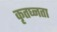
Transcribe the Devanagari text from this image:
कृतघ्नता